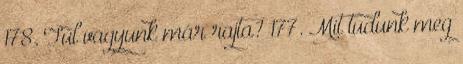
178. Túl vagyunk már rajta? 177. Mit tudunk meg